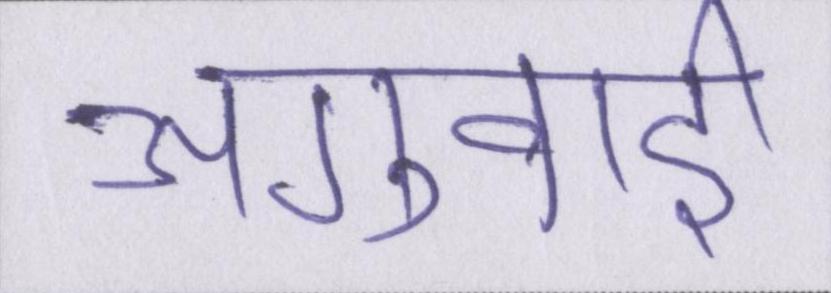
अगुवाई